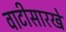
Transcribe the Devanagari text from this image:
वाटीसारखे